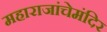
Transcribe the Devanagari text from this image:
महाराजांचेमंदिर